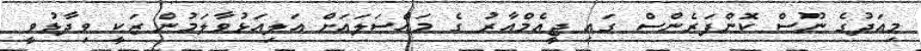
މިއަދުގެ ނޫސް ކޮންފަރެންސް ގައި ޖީއެމްއާރު ގެ މައްސަލައަށް އަލިއަޅުވާލަމުން ޒަކީ ވިދާޅުވީ